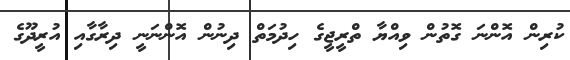
ކުރިން އޮންނަ ގޮތުން ވިއްޔާ ތްރީޖީގެ ހިދުމަތް ދިނުން އޮންނަނީ ދިރާގާއި އުރީދޫގެ